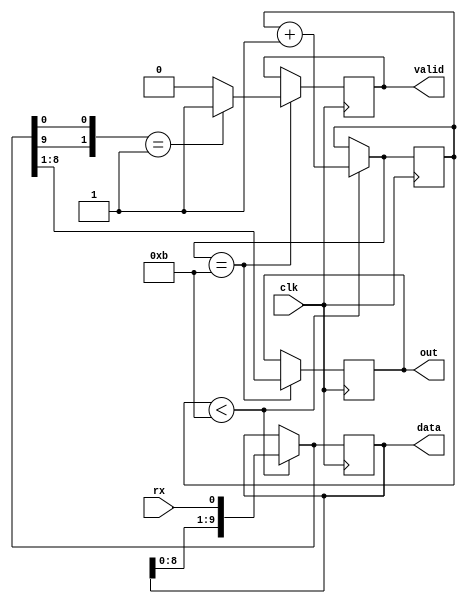
`timescale 1ns / 1ps
//////////////////////////////////////////////////////////////////////////////////
// Company: 
// Engineer: 
// 
// Design Name: 
// Module Name:    reciever 
// Project Name: 
// Target Devices: 
// Tool versions: 
// Description: 
//
// Dependencies: 
//
// Revision: 
// Revision 0.01 - File Created
// Additional Comments: 
//
//////////////////////////////////////////////////////////////////////////////////
module reciever(
    input clk,
    input rx,
    output reg valid,
	 output reg [9:0] data,
    output reg [7:0] out
    );
	 
	 

reg [3:0] counter=0;

always @(posedge clk) begin

     if(counter<11) begin
     data[9:0]={data[8:0],rx};
	  counter=counter+1;
	  end
	  if (counter==11) begin
	  			out[7:0]=data[8:1];
	         if ({data[9],data[0]}==2'b01)
	                valid=1;
		      else
		 	          valid=0;
      end
end

endmodule